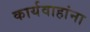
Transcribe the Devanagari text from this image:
कार्यवाहांना